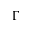
\Gamma